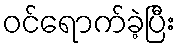
ဝင်ရောက်ခဲ့ပြီး